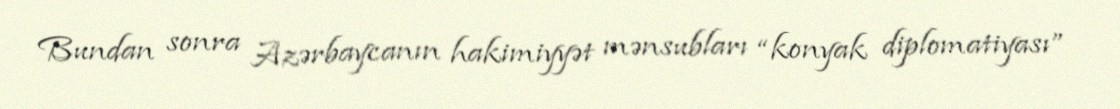
Bundan sonra Azərbaycanın hakimiyyət mənsubları “konyak diplomatiyası”